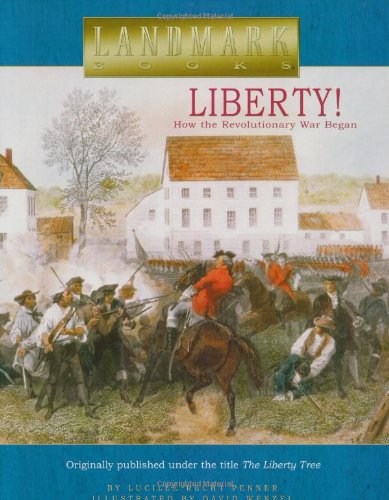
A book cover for Liberty!: How the Revolutionary War Began (Landmark Books); Lucille Recht Penner; History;